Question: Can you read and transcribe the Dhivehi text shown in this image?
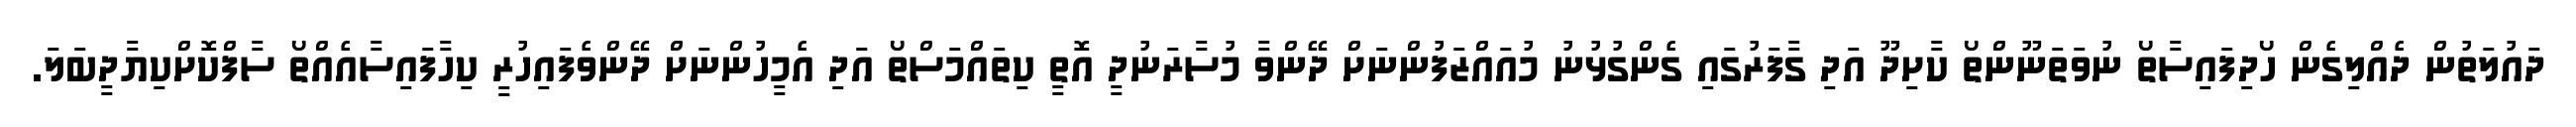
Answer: ދައުލަތުން ދެއްލިގެން ހޯދިފައިސާތޯ ނުވަތަނޫންތޯ ކާށިދޫ އަދި ގާފަރުގައި ގެންގުޅުނު މުއައްޒަފުންނަށް ދޭންވާ މުސާރަނުދީ އޮތީ ކިތައްމަސްތޯ އަދި އެމީހުންނަށް ދޭންވެފައިހުރީ ކިހާފައިސާއެއްތޯ ސާފްކޮށްކިޔާދީބަލަ.